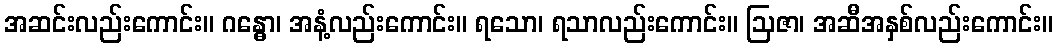
အဆင်းလည်းကောင်း။ ဂန္ဓော၊ အနံ့လည်းကောင်း။ ရသော၊ ရသာလည်းကောင်း။ ဩဇာ၊ အဆီအနှစ်လည်းကောင်း။